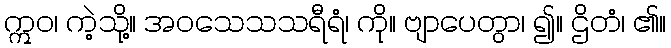
ဣဝ၊ ကဲ့သို့။ အဝသေသသရီရံ၊ ကို။ ဗျာပေတွာ၊ ၍။ ဌိတံ၊ ၏။